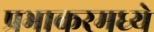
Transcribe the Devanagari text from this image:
प्रभाकरमध्ये